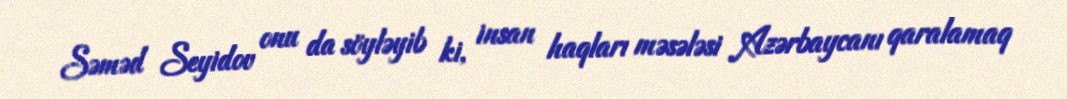
Səməd Seyidov onu da söyləyib ki, insan haqları məsələsi Azərbaycanı qaralamaq